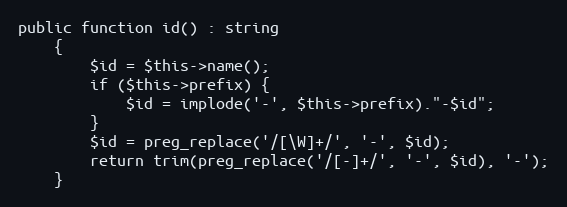
Language: PHP
public function id() : string
    {
        $id = $this->name();
        if ($this->prefix) {
            $id = implode('-', $this->prefix)."-$id";
        }
        $id = preg_replace('/[\W]+/', '-', $id);
        return trim(preg_replace('/[-]+/', '-', $id), '-');
    }